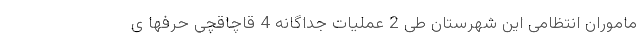
ماموران انتظامی این شهرستان طی 2 عملیات جداگانه 4 قاچاقچی حرفها ی